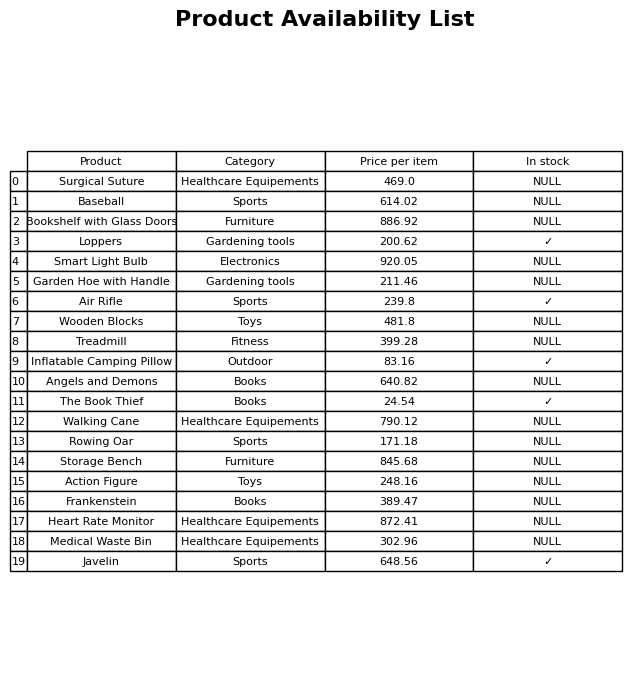
question: What category does the Heart Rate Monitor belong to?
answer: Healthcare Equipements